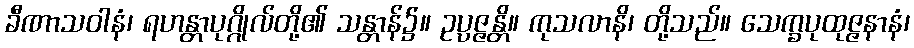
ခီဏာသဝါနံ၊ ရဟန္တာပုဂ္ဂိုလ်တို့၏ သန္တာန်၌။ ဥပ္ပဇ္ဇန္တိ။ ကုသလာနိ၊ တို့သည်။ သေက္ခပုထုဇ္ဇနာနံ၊